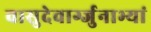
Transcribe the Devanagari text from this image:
वासुदेवार्ग्जुनाभ्यां